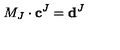
M _ { J } \cdot \mathbf { c } ^ { J } = \mathbf { d } ^ { J }